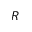
R